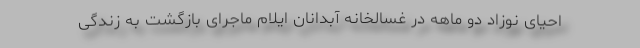
احیای نوزاد دو ماهه در غسالخانه آبدانان ایلام ماجرای بازگشت به زندگی